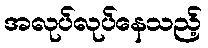
အလုပ်လုပ်နေသည့်